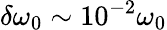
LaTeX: \delta\omega_{0}\sim 10^{-2}\omega_{0}